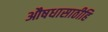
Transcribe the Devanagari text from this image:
औषधासाठीहि